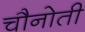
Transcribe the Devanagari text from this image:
चौनोती